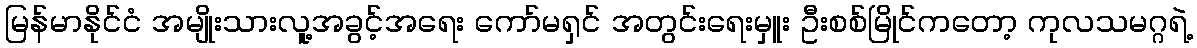
မြန်မာနိုင်ငံ အမျိုးသားလူ့အခွင့်အရေး ကော်မရှင် အတွင်းရေးမှူး ဦးစစ်မြိုင်ကတော့ ကုလသမဂ္ဂရဲ့